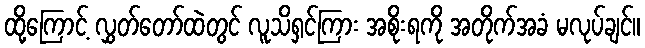
ထို့ကြောင့် လွှတ်တော်ထဲတွင် လူသိရှင်ကြား အစိုးရကို အတိုက်အခံ မလုပ်ချင်။